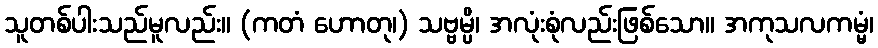
သူတစ်ပါးသည်မူလည်း။ (ကတံ ဟောတု၊) သဗ္ဗမ္ပိ၊ အလုံးစုံလည်းဖြစ်သော။ အကုသလကမ္မံ၊